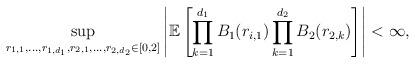
LaTeX: \begin{align*} \sup_{r_{1,1},...,r_{1,d_1},r_{2,1},...,r_{2,d_2}\in [0,2]}\left|\mathbb E\left[\prod_{k=1}^{d_1}B_1(r_{i,1})\prod_{k=1}^{d_2}B_2(r_{2,k})\right]\right|<\infty, \end{align*}